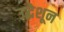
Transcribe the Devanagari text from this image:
उद्धेशून